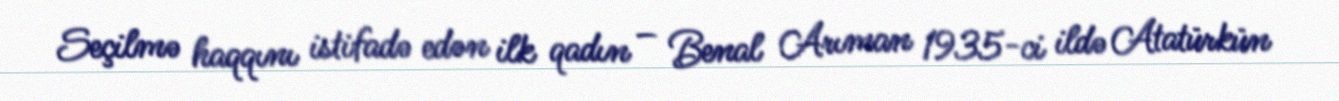
Seçilmə haqqını istifadə edən ilk qadın – Benal Arıman 1935-ci ildə Atatürkün